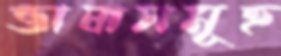
ভাষাসমূহ